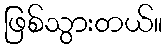
ဖြစ်သွားတယ်။